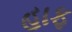
હાફ